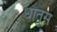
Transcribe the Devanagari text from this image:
धातुस